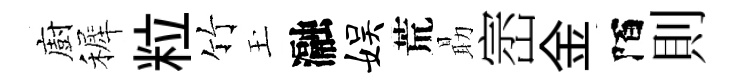
廚裤粒竹玉瀜娱荒朂崈金陌則